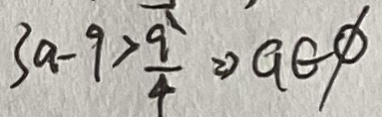
3 a - 9 > \frac { 9 } { 4 } \Rightarrow G E \phi